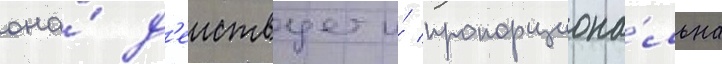
она́ д'еиствует и́ пропорциона́льна